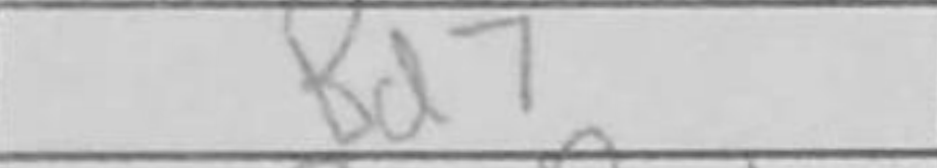
Transcription: Bd7